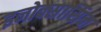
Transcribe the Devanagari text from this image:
इनोक्सासिन